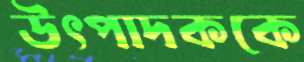
উৎপাদককে